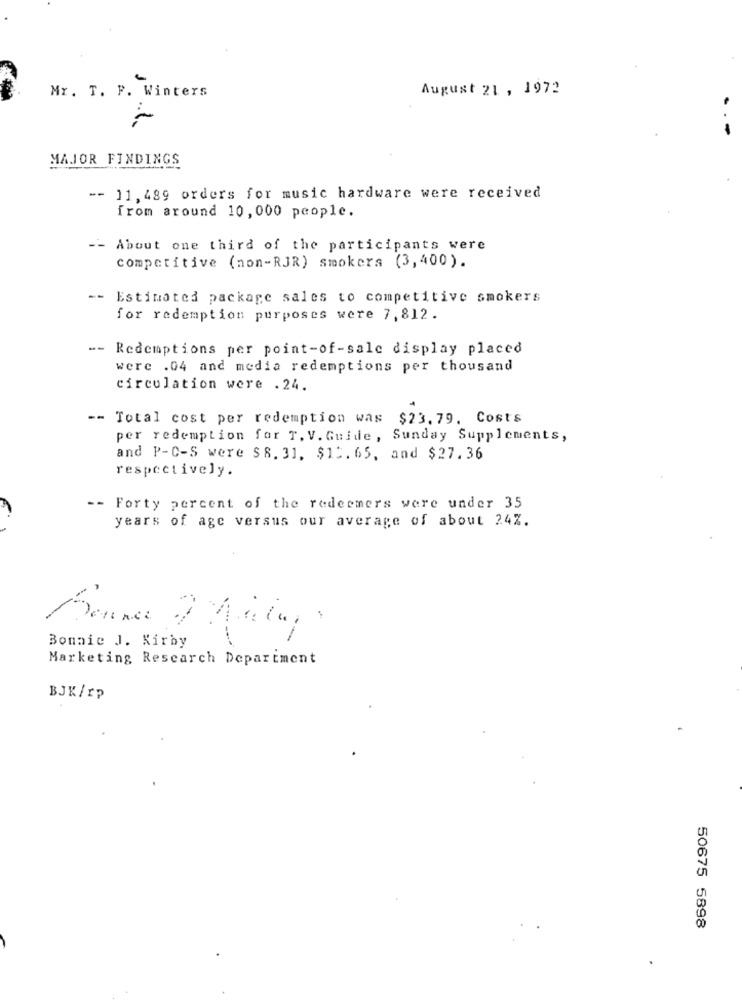
-
Mr. T. P. Winters
August 21 , 1972
MAJOR FINDINGS
-- 11,489 orders for music hardware were received
from around 10, 000 people.
-- About one third of the participants were
competitive (non-RJR) smokers (3,400).
-- Estimated package sales to competitive smokers
for redemption purposes were 7,812.
-- Redemptions per point-of-sale display placed
were .04 and media redemptions per thousand
circulation were .24.
-- Total cost per redemption was $23.79. Costs
per redemption for T. V. Guide, Sunday Supplements,
and P-C-S were $8. 31, $11. 65, and $27.36
respectively.
-- Forty percent of the redeemers were under 35
years of age versus our average of about 24%.
Bonnie J. Kirby
Marketing Research Department
BJK/Ip
50675 5898